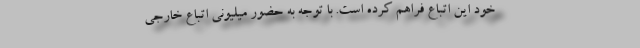
خود این اتباع فراهم کرده است. با توجه به حضور میلیونی اتباع خارجی